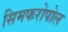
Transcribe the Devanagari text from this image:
सिमफरोपोल